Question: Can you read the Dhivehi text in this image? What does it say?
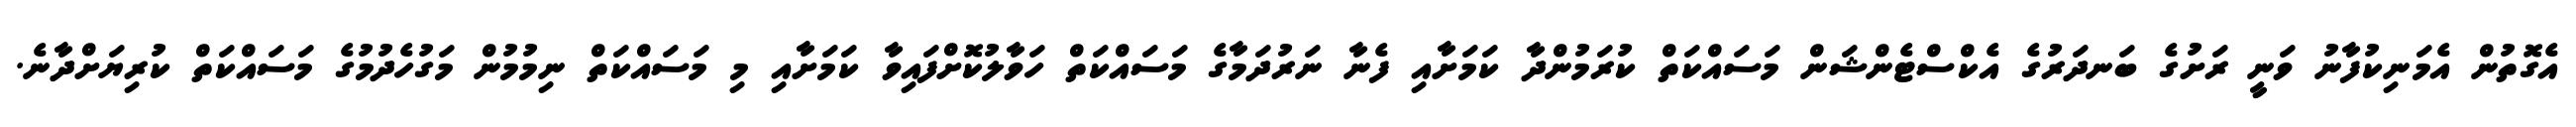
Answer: އެގޮތުން އެމަނިކުފާނު ވަނީ ރަށުގެ ބަނދަރުގެ އެކްސްޓެންޝަން މަސައްކަތް ކުރަމުންދާ ކަމަށާއި ފެނާ ނަރުދަމާގެ މަސައްކަތް ހަވާލުކޮށްފައިވާ ކަމަށާއި މި މަސައްކަތް ނިމުމުން މަގުހެދުމުގެ މަސައްކަތް ކުރިޔަށްދާނެ.